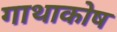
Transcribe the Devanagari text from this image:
गाथाकोष